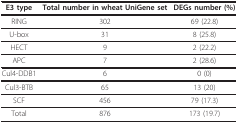
<table><thead><tr><td><b>E3 type</b></td><td><b>Total number in wheat UniGene set</b></td><td><b>DEGs number (%)</b></td></tr></thead><tbody><tr><td>RING</td><td>302</td><td>69 (22.8)</td></tr><tr><td>U-box</td><td>31</td><td>8 (25.8)</td></tr><tr><td>HECT</td><td>9</td><td>2 (22.2)</td></tr><tr><td>APC</td><td>7</td><td>2 (28.6)</td></tr><tr><td>Cul4-DDB1</td><td>6</td><td>0 (0)</td></tr><tr><td>Cul3-BTB</td><td>65</td><td>13 (20)</td></tr><tr><td>SCF</td><td>456</td><td>79 (17.3)</td></tr><tr><td>Total</td><td>876</td><td>173 (19.7)</td></tr></tbody></table>